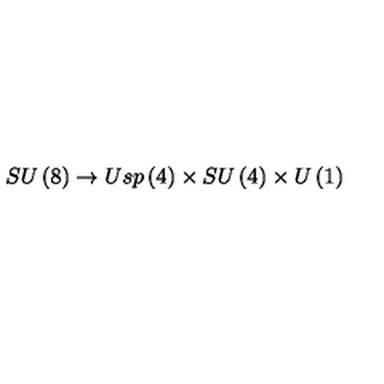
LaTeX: S U \left( 8 \right) \rightarrow U s p \left( 4 \right) \times S U \left( 4 \right) \times U \left( 1 \right)